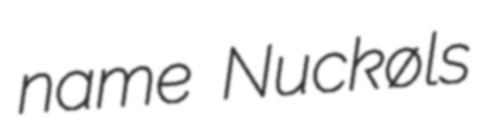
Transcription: name Nuckøls